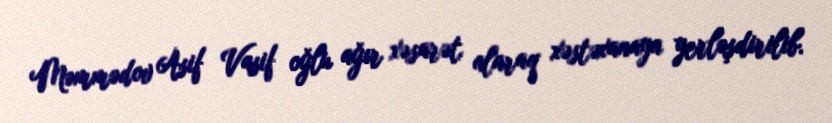
Məmmədov Asif Vasif oğlu ağır xəsarət alaraq xəstəxanaya yerləşdirilib.